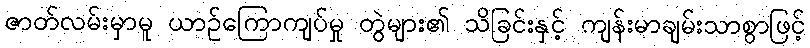
ဇာတ်လမ်းမှာမူ ယာဉ်ကြောကျပ်မှု တွဲများ၏ သိခြင်းနှင့် ကျန်းမာချမ်းသာစွာဖြင့်